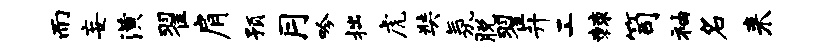
而妄潢翟肩预月吟拙虎奘氛脱翟升工棘笥袖名来